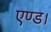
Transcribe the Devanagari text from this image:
एण्ड।